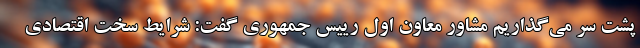
پشت سر می‌گذاریم مشاور معاون اول رییس جمهوری گفت: شرایط سخت اقتصادی